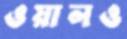
ওয়ালও